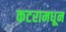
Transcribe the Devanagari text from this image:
कटरामधून